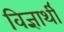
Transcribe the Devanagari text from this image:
विज्ञार्थी